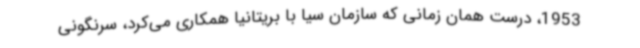
1953، درست همان زمانی که سازمان سیا با بریتانیا همکاری می‌کرد، سرنگونی